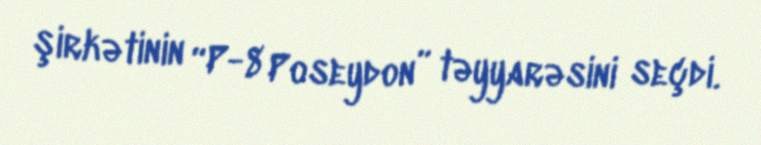
şirkətinin “P-8 Poseydon” təyyarəsini seçdi.